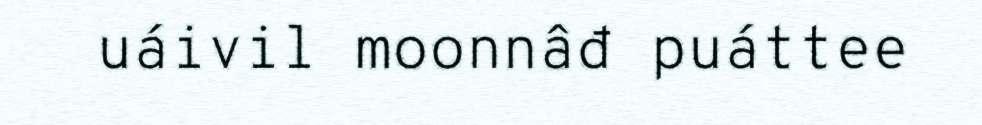
uáivil moonnâđ puáttee